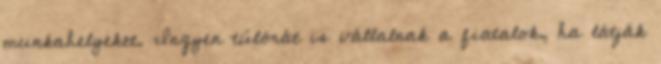
munkahelyeket. Ingyen túlórát is vállalnak a fiatalok, ha látják